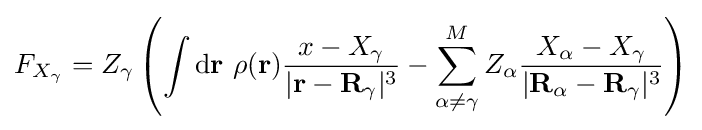
F_{X_{\gamma }}=Z_{\gamma }\left(\int \mathrm {d} \mathbf {r} \ \rho (\mathbf {r} ){\frac {x-X_{\gamma }}{|\mathbf {r} -\mathbf {R} _{\gamma }|^{3}}}-\sum _{\alpha \neq \gamma }^{M}Z_{\alpha }{\frac {X_{\alpha }-X_{\gamma }}{|\mathbf {R} _{\alpha }-\mathbf {R} _{\gamma }|^{3}}}\right)